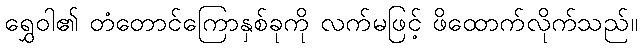
ရွှေဝါ၏ တံတောင်ကြောနှစ်ခုကို လက်မဖြင့် ဖိထောက်လိုက်သည်။